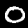
Digit: 0